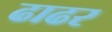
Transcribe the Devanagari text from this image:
ढाढर